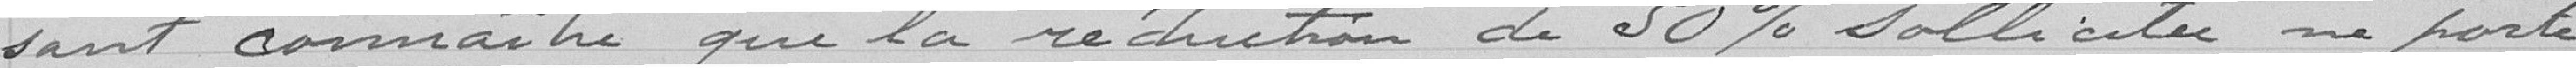
sant connaitre que la réduction de 50% sollicitée ne porte